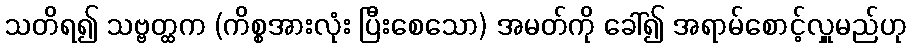
သတိရ၍ သဗ္ဗတ္ထက (ကိစ္စအားလုံး ပြီးစေသော) အမတ်ကို ခေါ်၍ အရာမ်စောင့်လှူမည်ဟု